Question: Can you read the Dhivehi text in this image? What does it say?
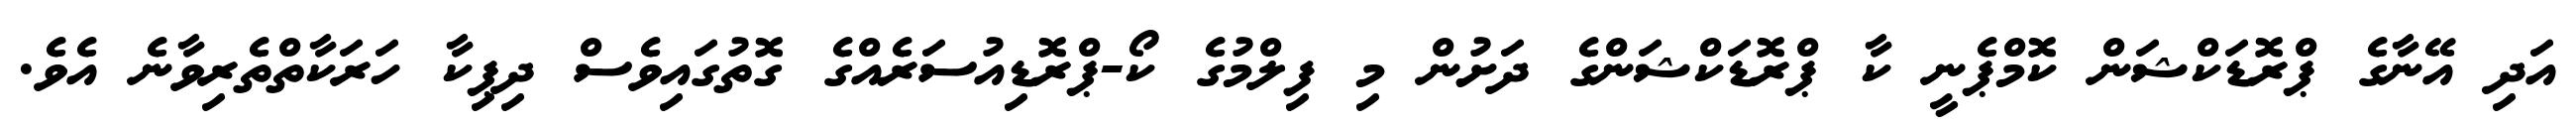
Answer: އަދި އޭނާގެ ޕްރޮޑަކްޝަން ކޮމްޕެނީ ކާ ޕްރޮޑަކްޝަންގެ ދަށުން މި ފިލްމުގެ ކޯ-ޕްރޮޑިއުސަރެއްގެ ގޮތުގައިވެސް ދިޕިކާ ހަރަކާތްތެރިވާނެ އެވެ.